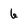
Character: 6